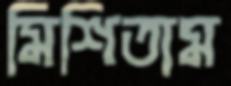
মিশিতাম